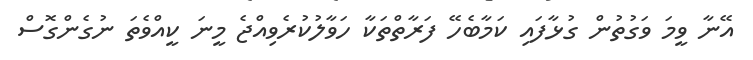
އޭނާ ވީމަ ވަގުތުން ގުޅާފައި ކަމާބެހޭ ފަރާތްތަކާ ހަވާލުކުރެވިއްޖެ މީނަ ކީއްވެތަ ނުގެންގޮސް